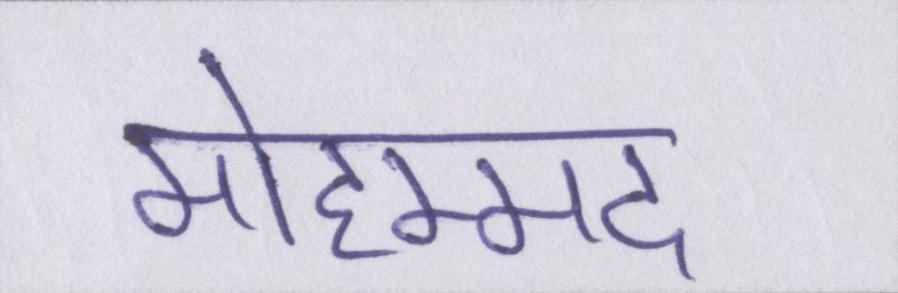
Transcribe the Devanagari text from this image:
मोहम्मद